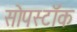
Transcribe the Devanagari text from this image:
सोपस्टॉक